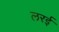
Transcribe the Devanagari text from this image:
लरई